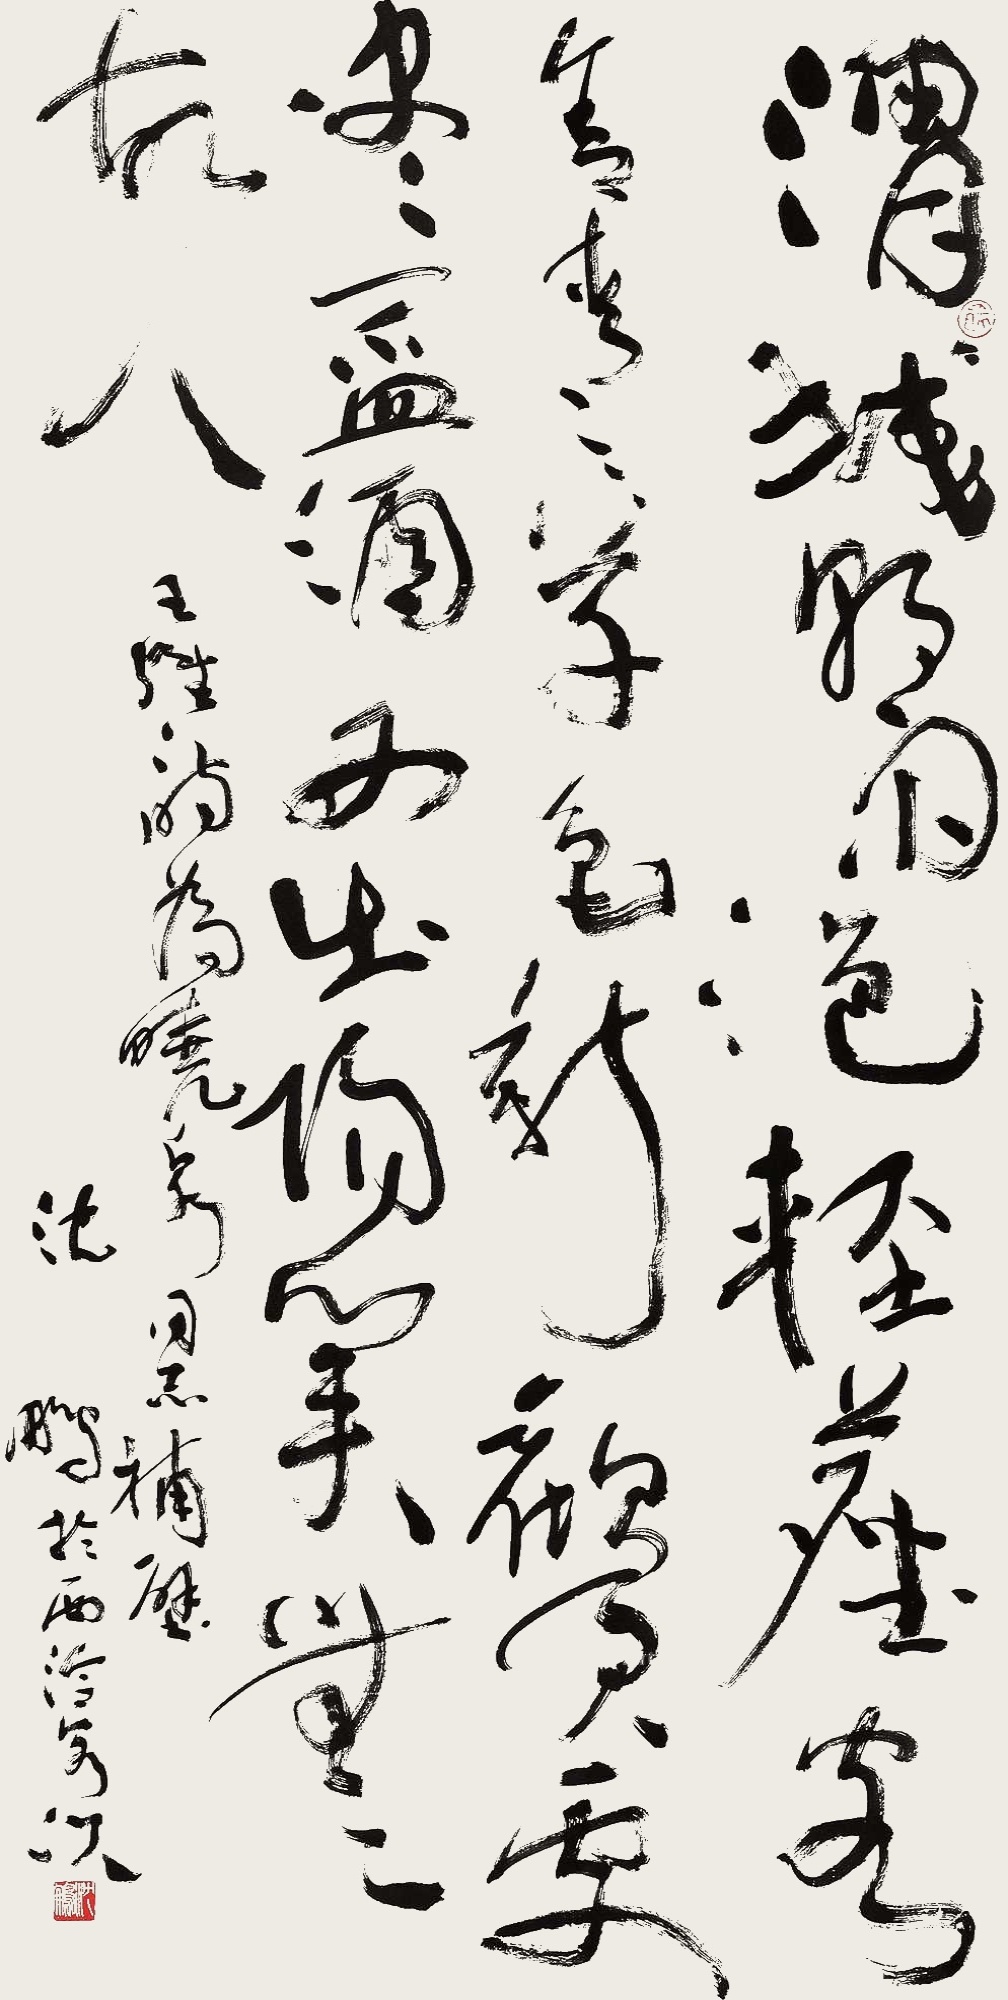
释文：渭城朝雨浥轻尘，客舍青青草色新。劝君更尽一杯酒，西出阳关无故人。王维诗为晓泉同志补壁。沈鹏于西冷客次。